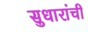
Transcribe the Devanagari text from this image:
सुधारांची